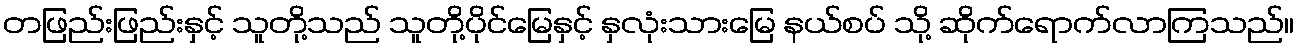
တဖြည်းဖြည်းနှင့် သူတို့သည် သူတို့ပိုင်မြေနှင့် နှလုံးသားမြေ နယ်စပ် သို့ ဆိုက်ရောက်လာကြသည်။